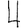
Digit: 4